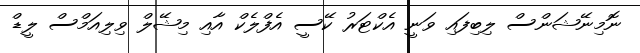
ނޮމިނޭޝަންސް ލިބިފައި ވަނީ އެކްޓަރު ކޭސީ އެފްލެކް އާއި މިޝޭލް ވިލިއަމްސް ލީޑް